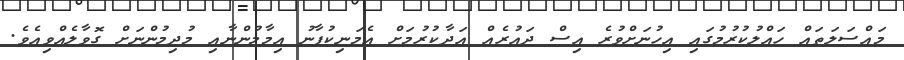
މައްސަލަތައް ހައްލުކުރުމުގައި އިހުނަށްވުރެ އިސް ދައުރެއް އަދާކުރުމަށް އެމަނިކުފާނު އިމާމުންނާއި މުދިމުންނަށް ގޮވާލެއްވިއެވެ.